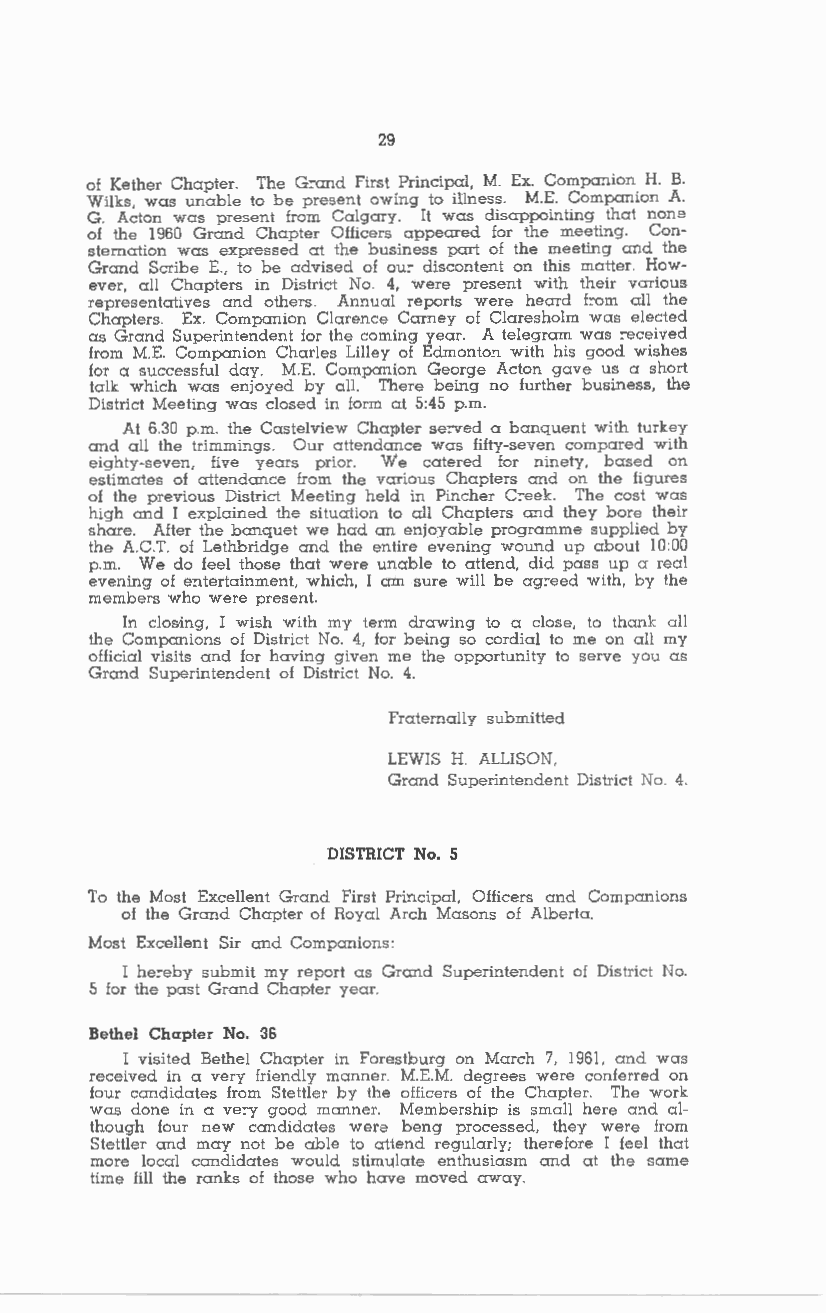
29
 of Kether Chapter. The G:-and First Principal, M. Ex. Companion H. B.
 Wilks, was unable to be present owing to illness. M.E. Companion A.
 G. Acton was present from Calgary. It was disappointing that none
 of the 1960 Grand Chapter Officers appeared for the meeting. Con
 sternation was expressed at the business part of the meeting and the
 Grand Scribe E., to be advised of ou:- discontent on this matter. How
 ever, all Chapters in District No. 4, were present with their various
 representatives and others. An!'lual reports were heard !:-om all the
 Chapters. Ex. Companion Clarence Carney of Claresholm was elected
 as Grand Superintendent for the coming year. A telegram was :-eceived
 from M.E. Companion Charles Lilley of Edmonton with his good wishes
 for a successful day. M.E. Companion George Acton gave us a short
 talk which was enjoyed by all. There being no further business, the
 District Meeting was closed in form at 5:45 p.m.
 At 6.30 p.m. the Castelview Chapter se:-ved a banquent with turkey
 and all the trimmi!'lgs. Our attendance was fifty-seven compared with
 eighty-seven, live years prior. We catered for ninety, based on
 estimates of attendance from the various Chapters and on the figures
 of the previous District Meeting held in Pincher C:-eek. The cost was
 high and I explained the situation to all Chapters and they bore their
 share. After the banquet we had an enjoyable programme supplied by
 the A.C.T. of Lethbridge and the entire evening wound up about 10:00
 p.m. We do feel those that were unable to attend, did pass up a real
 evening of entertainment, which, I am sure will be ag:-eed with, by the
 members who were present.
 In closing, I wish with my term drawing to a close, to thank all
 the Companions of District No. 4, for being so cordial to me on ail my
 official visits and for having given me the opportunity to serve you as
 Grand Superintendent of District No. 4.
 Fraternally submitted
 LEWIS H. ALLISON,
 Grand Superintendent District No. 4.
 DISTRICT No. 5
 To the Most Excellent Grand First Principal, Officers and Companions
 of the Grand Chapter of Royal Arch Masons of Alberta.
 Most Excellent Sir and Companions:
 I he:-eby submit my report as Grand Superintendent of District No.
 5 for the past Grand Chapter year.
 Bethel Chapter No. 36
 I visited Bethel Chapter in Forestburg on March 7, 1961, and was
 received in a very friendly manner. M.E.M. degrees were conferred on
 lour candidates from Stettler by the officers of the Chapter. The work
 was done in a ve:-y good manner. Membership is small here and al
 though lour new candidates wera beng processed, they were from
 Stettler and may not be able to attend regularly; therefore I feel that
 more local candidates would stimulate enthusiasm and at the same
 time fill the ranks of those who have moved away.